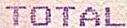
TOTAL